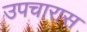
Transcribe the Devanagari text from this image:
उपचारास